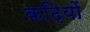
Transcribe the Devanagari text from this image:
कढ़ियों